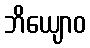
ဘိယျောဝ